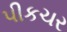
પીકચર